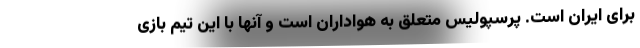
برای ایران است. پرسپولیس متعلق به هواداران است و آنها با این تیم بازی